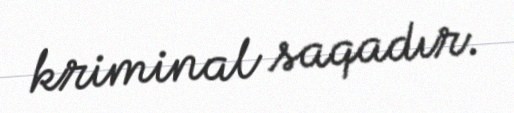
kriminal saqadır.